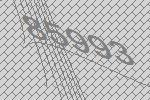
85993